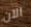
الآن